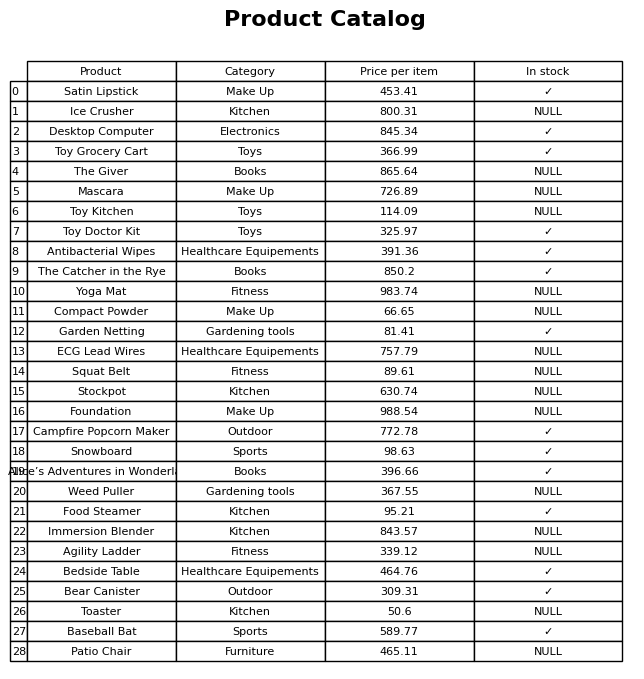
question: What is the price for ECG Lead Wires?
answer: The price of ECG Lead Wires is 757.79.